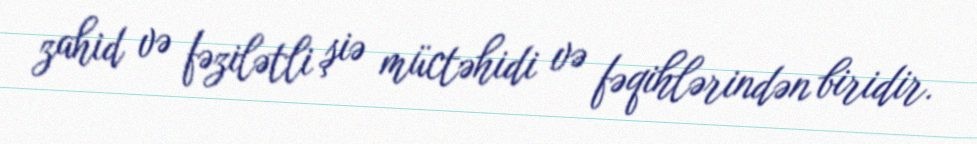
zahid və fəzilətli şiə müctəhidi və fəqihlərindən biridir.